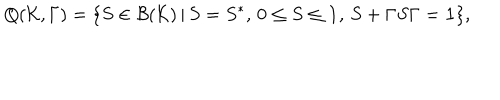
Q ( { \cal K } , \Gamma ) = \{ S \in { \cal B } ( { \cal K } ) \, | \, S = S ^ { * } , \, 0 \le S \le { \bf 1 } , \, S + \Gamma S \Gamma = { \bf 1 } \} ,